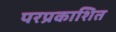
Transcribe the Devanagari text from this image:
परप्रकाशित